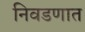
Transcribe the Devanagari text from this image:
निवडणात